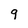
Character: 9